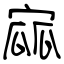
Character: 寙